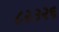
૮૨૩૨૬